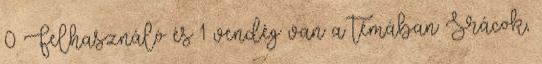
0 Felhasználó és 1 vendég van a témában Srácok,